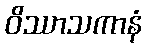
ဝိဿာသကာနံ